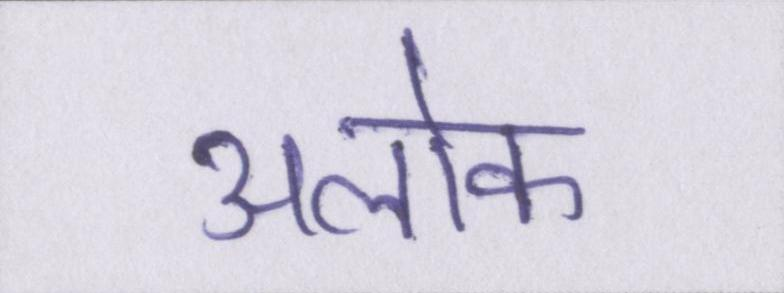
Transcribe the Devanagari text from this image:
अलोक